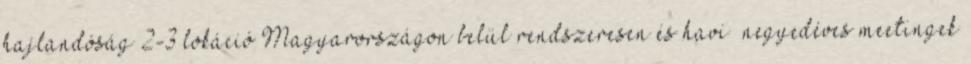
hajlandóság 2-3 lokáció Magyarországon belül rendszeresen és havi negyedéves meetingek